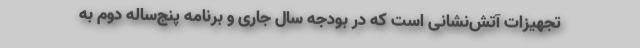
تجهیزات آتش‌نشانی است که در بودجه سال جاری و برنامه پنج‌ساله دوم به